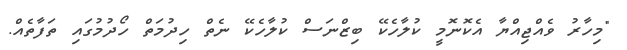
"މިހާރު ވެއްޖިއްޔާ އެކޮނޮމީ ކުލާހެކޭ ބިޒްނަސް ކުލާހެކޭ ނެތް ހިދުމަތް ހޯދުމުގައި ތަފާތެއް.